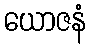
ယောဇနံ